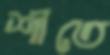
শীতে